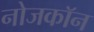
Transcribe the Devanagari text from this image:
नोजकाॅन